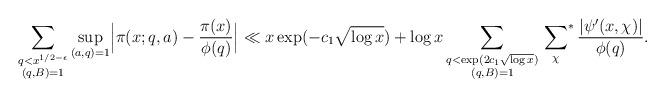
LaTeX: \begin{align*}\sum_{\substack{q<x^{1/2-\epsilon}\\ (q,B)=1}}\sup_{(a,q)=1}\Bigl|\pi(x;q,a)-\frac{\pi(x)}{\phi(q)}\Bigr|\ll x\exp(-c_1\sqrt{\log{x}})+\log{x}\sum_{\substack{q<\exp(2c_1\sqrt{\log{x}})\\ (q,B)=1}}\sideset{}{^*}\sum_\chi\frac{|\psi'(x,\chi)|}{\phi(q)}.\end{align*}